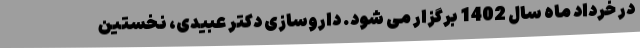
در خرداد ماه سال 1402 برگزار می شود. داروسازی دکتر عبیدی، نخستین